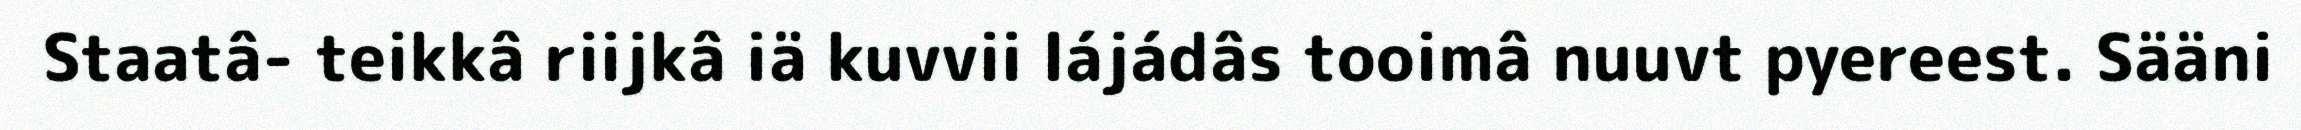
Staatâ- teikkâ riijkâ iä kuvvii lájádâs tooimâ nuuvt pyereest. Sääni